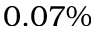
0 . 0 7 \%